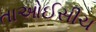
તાઓઈસીચ